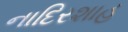
નાદિરશાહ